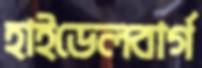
হাইডেলবার্গ